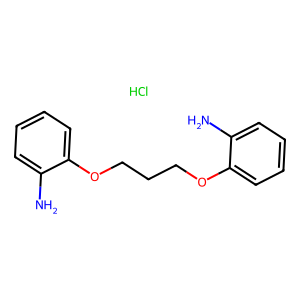
SMILES: Cl.Nc1ccccc1OCCCOc1ccccc1N
Inhibits HIV replication: No